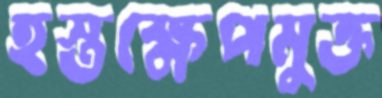
হস্তক্ষেপমুক্ত